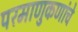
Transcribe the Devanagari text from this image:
परमाणुकणांचे